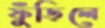
ফুঁড়িলে